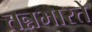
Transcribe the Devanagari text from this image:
तन्नभारते